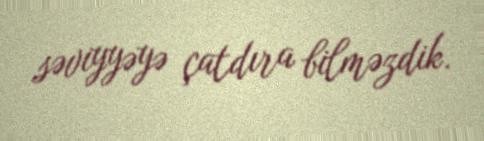
səviyyəyə çatdıra bilməzdik.